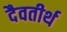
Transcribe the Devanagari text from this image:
दैवतीर्थ